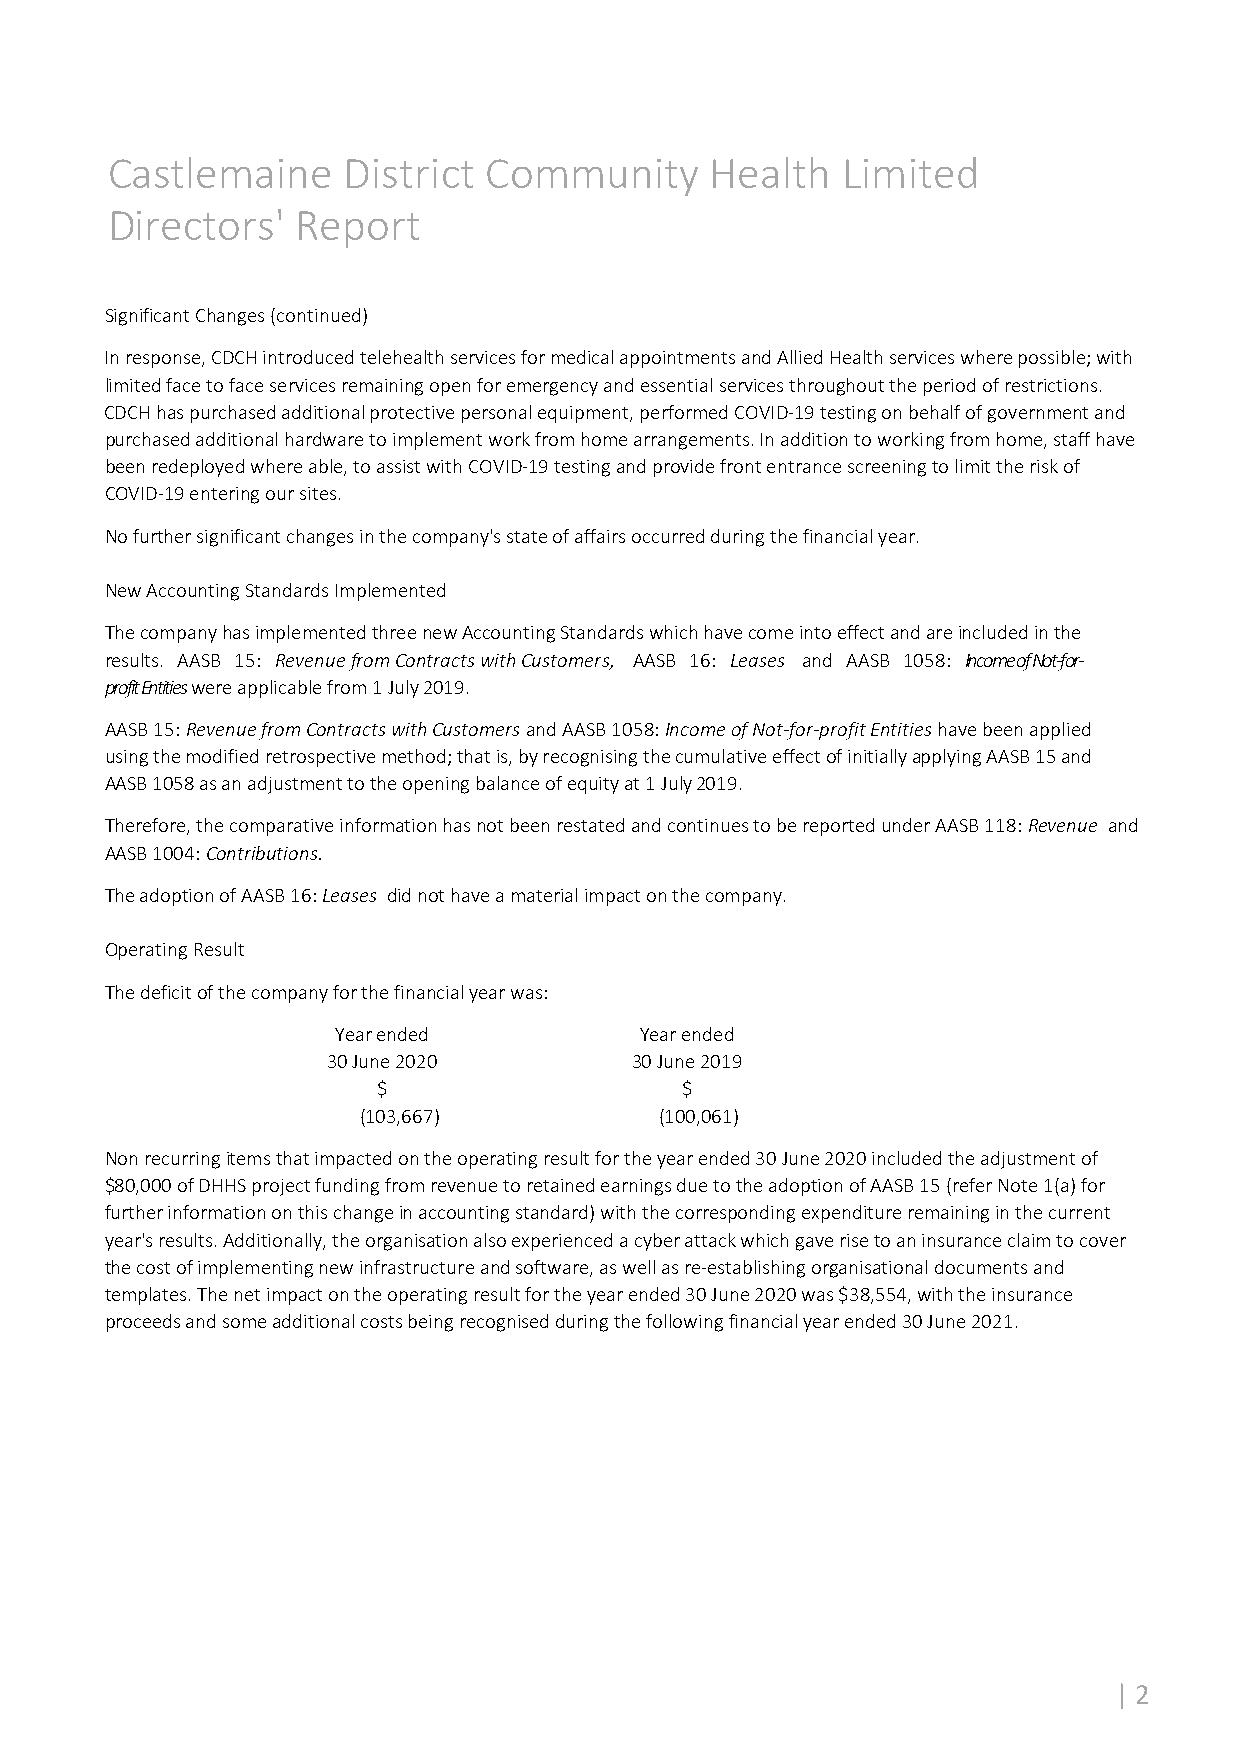
Castlemaine     District Community      Health   Limited
 Directors'   Report
 Significant Changes (continued)
 In response, CDCH introduced telehealth services for medical appointments and Allied Health services where possible; with
 limited face to face services remaining open for emergency and essential services throughout the period of restrictions.
 CDCH has purchased additional protective personal equipment, performed COVID‐19 testing on behalf of government and
 purchased additional hardware to implement work from home arrangements. In addition to working from home, staff have
 been redeployed where able, to assist with COVID‐19 testing and provide front entrance screening to limit the risk of
 COVID‐19 entering our sites.
 No further significant changes in the company's state of affairs occurred during the financial year.
 New Accounting Standards Implemented
 The company has implemented three new Accounting Standards which have come into effect and are included in the
 results. AASB 15: Revenue from Contracts with Customers, AASB 16: Leases and AASB 1058: Income of Not‐for‐
 profit Entities were applicable from 1 July 2019.
 AASB 15: Revenue from Contracts with Customers and AASB 1058: Income of Not‐for‐profit Entities have been applied
 using the modified retrospective method; that is, by recognising the cumulative effect of initially applying AASB 15 and
 AASB 1058 as an adjustment to the opening balance of equity at 1 July 2019.
 Therefore, the comparative information has not been restated and continues to be reported under AASB 118: Revenue and
 AASB 1004: Contributions.
 The adoption of AASB 16: Leases did not have a material impact on the company.
 Operating Result
 The deficit of the company for the financial year was:
 Year ended          Year ended
 30 June 2020        30 June 2019
 $                   $
 (103,667)           (100,061)
 Non recurring items that impacted on the operating result for the year ended 30 June 2020 included the adjustment of
 $80,000 of DHHS project funding from revenue to retained earnings due to the adoption of AASB 15 (refer Note 1(a) for
 further information on this change in accounting standard) with the corresponding expenditure remaining in the current
 year's results. Additionally, the organisation also experienced a cyber attack which gave rise to an insurance claim to cover
 the cost of implementing new infrastructure and software, as well as re‐establishing organisational documents and
 templates. The net impact on the operating result for the year ended 30 June 2020 was $38,554, with the insurance
 proceeds and some additional costs being recognised during the following financial year ended 30 June 2021.
 | 2